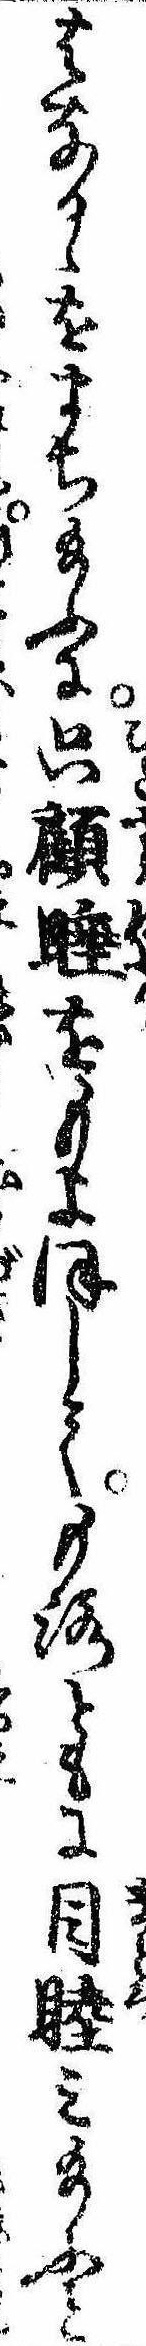
はなるゝをまち給ふに只顧睡をもよほしてもろともに目睦み給ふと